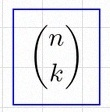
\binom{n}{k}